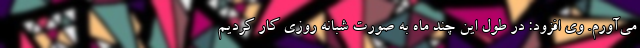
می‌آورم. وی افزود: در طول این چند ماه به صورت شبانه روزی کار کردیم